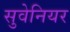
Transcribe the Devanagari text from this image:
सुवेनियर